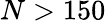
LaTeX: N>150